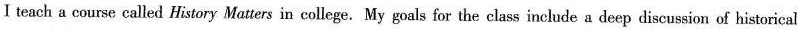
I teach a course called History Matters in college.My goals for the class include a deep discussion of historical